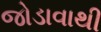
જોડાવાથી